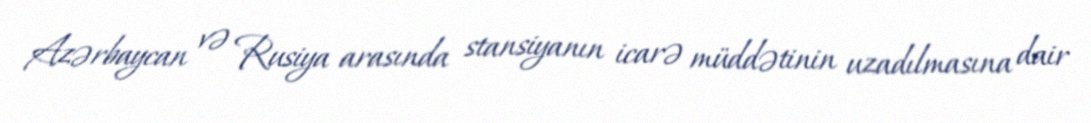
Azərbaycan və Rusiya arasında stansiyanın icarə müddətinin uzadılmasına dair